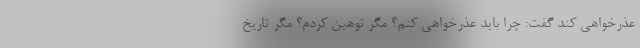
عذر‌خواهی کند گفت: چرا باید عذر‌خواهی کنم؟ مگر توهین کردم؟ مگر تاریخ